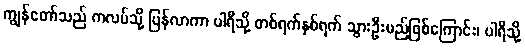
ကျွန်တော်သည် ကလပ်သို့ ပြန်လာကာ ပါရီသို့ တစ်ရက်နှစ်ရက် သွားဦးမည်ဖြစ်ကြောင်း၊ ပါရီသို့